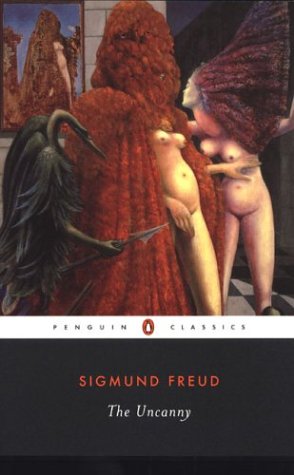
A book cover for The Uncanny (Penguin Classics); Sigmund Freud; Medical Books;